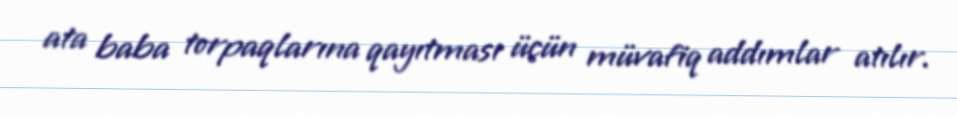
ata baba torpaqlarına qayıtması üçün müvafiq addımlar atılır.